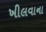
ખીલવાના